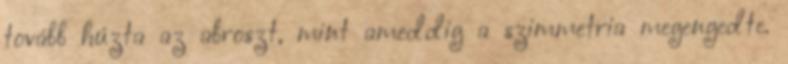
tovább húzta az abroszt, mint ameddig a szimmetria megengedte.